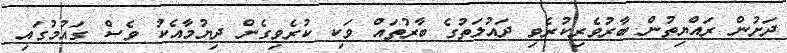
ދަށުން ރައްޔިތުން ބާރުވެރިކުރެވި ދައުލަތުގެ ބާރުތައް ވަކި ކުރެވިގެން ދިޔުމާއެކު ވެސް ގައުމުގައި